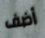
أضف